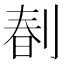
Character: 𠝩